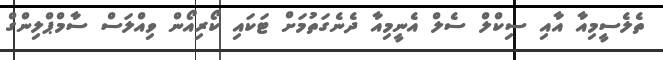
ތެލެސީމިއާ އާއި ސިކްލް ސެލް އެނީމިއާ ދެނެގަތުމަށް ޓަކައި ކޯރިއޯން ވިއްލަސް ސާމްޕްލިންގް